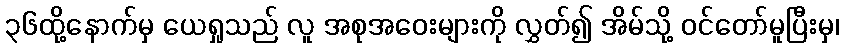
၃၆ထို့နောက်မှ ယေရှုသည် လူ အစုအဝေးများကို လွှတ်၍ အိမ်သို့ ဝင်တော်မူပြီးမှ၊